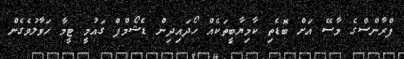
ފްރާންސްގެ މާސޭ އަށް ބޮޑެތި ކާމިޔާބީތަކެއް ހޯދައިދިން ޑެޝޯމްޕް ގައުމީ ޓީމާ ހަވާލުވެގެން